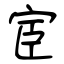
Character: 宦